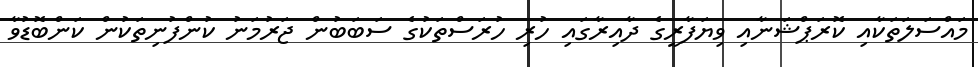
މައްސަލަތަކާއި ކޮރަޕްޝަނާއި ވިޔަފާރީގެ ދާއިރާގައި ހުރި ހުރަސްތަކުގެ ސަބަބުން ޖަރުމަނު ކުންފުނިތަކުން ކަންބޮޑުވާ